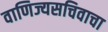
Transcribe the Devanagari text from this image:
वाणिज्यसचिवाचा